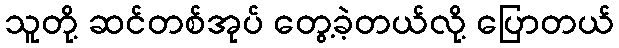
သူတို့ ဆင်တစ်အုပ် တွေ့ခဲ့တယ်လို့ ပြောတယ်